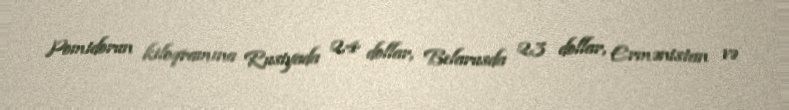
Pomidorun kiloqramına Rusiyada 2,4 dollar, Belarusda 2,3 dollar, Ermənistan və